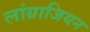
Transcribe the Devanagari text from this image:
लांग्राजियन